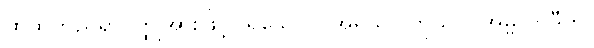
ထိုထိုတည်ရာဝတ္ထုအားဖြင့်။ ရသောဝ၊ အရသာ ကိုသာ။ အမ္ဗိလာဒီဟိ၊